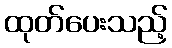
ထုတ်ပေးသည့်